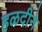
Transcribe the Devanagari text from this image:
हळदीने